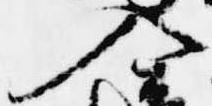
入